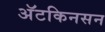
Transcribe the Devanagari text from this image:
अॅटकिनसन